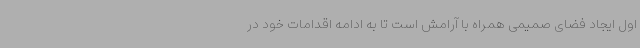
اول ایجاد فضای صمیمی همراه با آرامش است تا به ادامه اقدامات خود در